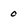
Character: 0